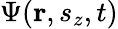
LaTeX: \Psi(\mathbf{r},s_{z},t)